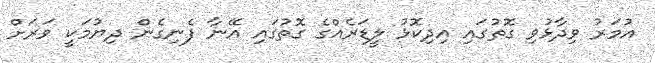
އުމަރު ވިދާޅުވި ގޮތުގައި އިދިކޮޅު ލީޑަރެއްގެ ގޮތުގައި އޭނާ ފެނިގެން ދިޔުމަކީ ވަރަށް